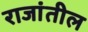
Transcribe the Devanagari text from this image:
राजांतील